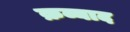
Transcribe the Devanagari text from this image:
क्रव्याद